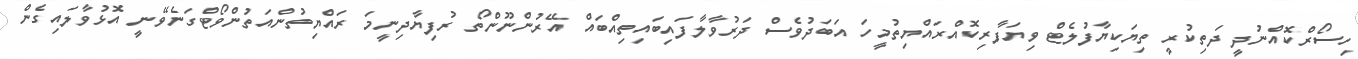
ހިސޯރްކޮއްނުދީ ދަތިކުރީ ތިޔަކިޔާފުލެޓް ވިޔަފާރިކޮއްރައްޔިތުމީހަ އަބަދުވެސް ދަރުވާލާފައިބައިތިއްބައް އޭރުންނޫންތޯ ރުފިޔާދިނީމަ ރައްޔިތުންއަތުންވޯޓްގަނެވޭނީ އޮޅުވާލައިގެން